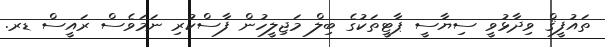
ތައުފީޤް ވިދާޅުވީ ސިޔާސީ ޕާޓީތަކުގެ ބިލް މަޖިލީހުން ފާސްކުރި ނަމަވެސް ރައީސް ޑރ.